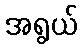
အရွယ်